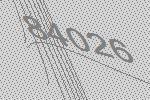
84026